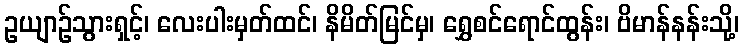
ဥယျာဉ်သွားရှင့်၊ လေးပါးမှတ်ထင်၊ နိမိတ်မြင်မှ၊ ရွှေစင်ရောင်ထွန်း၊ ဗိမာန်နန်းသို့၊